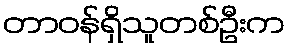
တာဝန်ရှိသူတစ်ဦးက